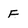
Character: F